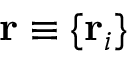
\mathbf { r } \equiv \{ \mathbf { r } _ { i } \}